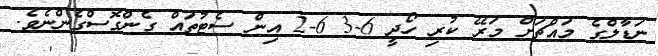
ނަޑާލްގެ މައްޗަށް މަރޭ ކުރި ހޯދީ 6-3 6-2 އިން ސެޓުތައް ގެންގޮސްގެންނެވެ.